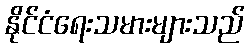
နိုင်ငံရေးသမားများသည်